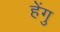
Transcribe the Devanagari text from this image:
हेंगु